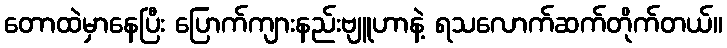
တောထဲမှာနေပြီး ပြောက်ကျားနည်းဗျူဟာနဲ့ ရသလောက်ဆက်တိုက်တယ်။